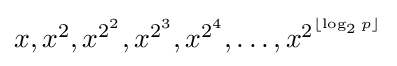
{\textstyle x,x^{2},x^{2^{2}},x^{2^{3}},x^{2^{4}},\ldots ,x^{2^{\lfloor \log _{2}p\rfloor }}}